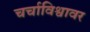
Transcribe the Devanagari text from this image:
चर्चाविश्वावर